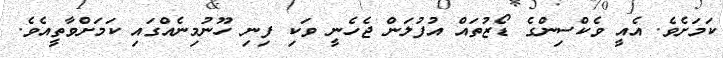
ކަމަށެވެ. އެއީ ވެކްސިންގެ ޑޯޒުތައް އުފުލަން ޖެހެނީ ވަކި ފިނި ހޫނުމިނެއްގައި ކަމަށްވާތީއެވެ.